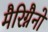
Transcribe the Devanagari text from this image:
मैरिग्नैनो